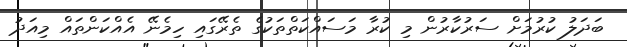
ބަދަލު ކުރުމަށް ސަރުކާރުން މި ކުރާ މަސައްކަތްތަކުގެ ތެރޭގައި ހިމެނޭ އެއްކަންތައް މިއަދު